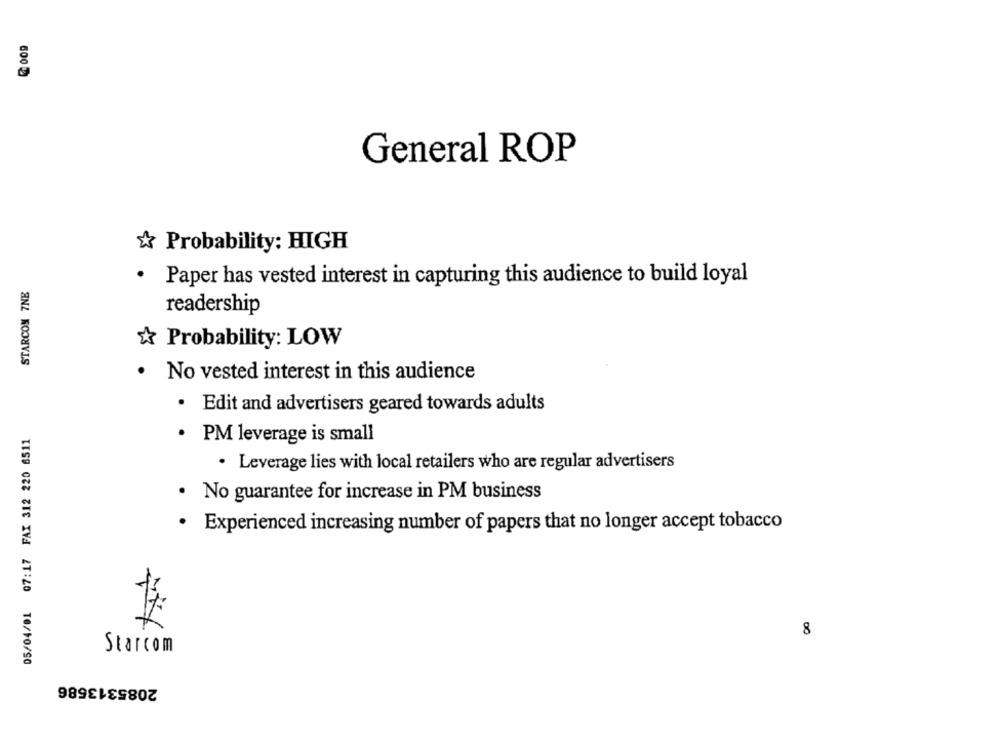
600 g
General ROP
Probability: HIGH
STARCOM 7NE
Paper has vested interest in capturing this audience to build loyal
readership
Probability: LOW
. No vested interest in this audience
· Edit and advertisers geared towards adults
05/04/01 07:17 FAX 312 220 8511
· PM leverage is small
· Leverage lies with local retailers who are regular advertisers
· No guarantee for increase in PM business
· Experienced increasing number of papers that no longer accept tobacco
8
Starcom
2085313586